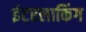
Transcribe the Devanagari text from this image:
इंटरलाकिंग